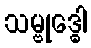
သမ္ဗုဒ္ဓေါ